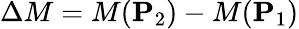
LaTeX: \Delta{M}={M}(\mathbf{P}_{2})-{M}(\mathbf{P}_{1})